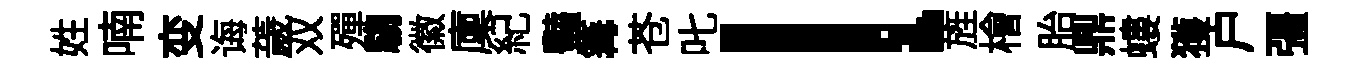
姓喃变诲薉双殫騶徽廩紀豔篝苍叱l旌檜胎鼎螻獲户彊